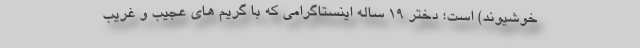
خوشیوند) است؛ دختر 19 ساله اینستاگرامی که با گریم های عجیب و غریب